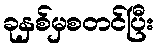
ခုနှစ်မှစတင်ပြီး